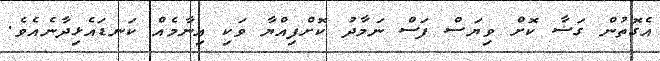
އެގޮތުން ގަޟާ ކޮށް ވިޔަސް ފަސް ނަމާދު ކޮށްފިއްޔާ ވަކި އިނާމެއް ކަނޑައެޅިދާނެއެވެ.